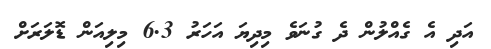
އަދި އެ ގެއްލުން ދެ ގުނަވެ މިދިޔަ އަހަރު 6.3 މިލިއަން ޑޮލަރަށް